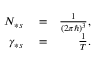
\begin{array} { r l r } { N _ { \ast s } } & { { } = } & { \frac { 1 } { \left( 2 \pi \hbar \right) ^ { 3 } } , } \\ { \gamma _ { \ast s } } & { { } = } & { \frac { 1 } { T } . } \end{array}